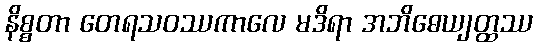
နိစ္စတာ တေရသဝဿကာလေ မဒိရာ အဘိဓေယျတ္ထဿ